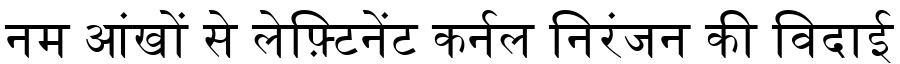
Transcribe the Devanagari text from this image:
नम आंखों से लेफ़्टिनेंट कर्नल निरंजन की विदाई